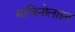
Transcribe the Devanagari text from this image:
माजिनोलाइन